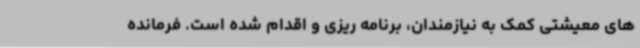
های معیشتی کمک به نیازمندان، برنامه ریزی و اقدام شده است. فرمانده